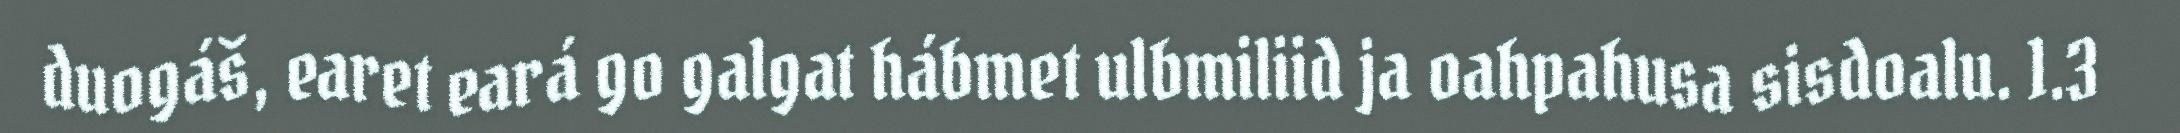
duogáš, earet eará go galgat hábmet ulbmiliid ja oahpahusa sisdoalu. 1.3